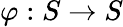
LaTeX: \varphi:S\to S